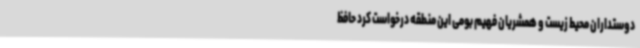
دوستداران محیط زیست و همشریان فهیم بومی این منطقه درخواست کرد حافظ